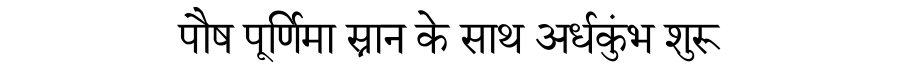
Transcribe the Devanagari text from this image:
पौष पूर्णिमा स्नान के साथ अर्धकुंभ शुरू